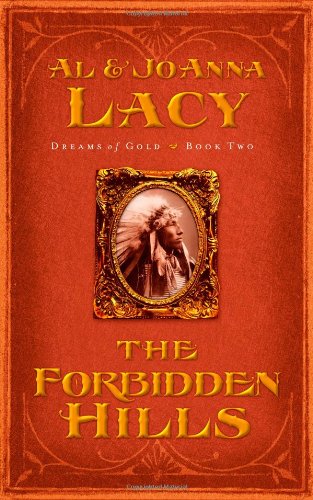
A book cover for The Forbidden Hills (Dreams of Gold Series #2); Al & Joanna Lacy; Religion & Spirituality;